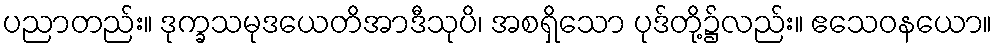
ပညာတည်း။ ဒုက္ခသမုဒယေတိအာဒီသုပိ၊ အစရှိသော ပုဒ်တို့၌လည်း။ ဧသေဝနယော။